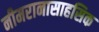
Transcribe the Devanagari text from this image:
नीमरानासाहसिक